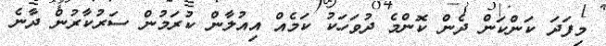
މިފަދަ ކަންކަން ދެން ކޮންމެ ދުވަހަކު ކަމެއް އިއުލާން ކުރަމުން ސަރުކާރުން ދާނެ